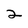
Character: 2